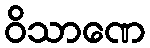
ဝိသာဏေ